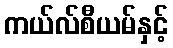
ကယ်လ်စီယမ်နှင့်